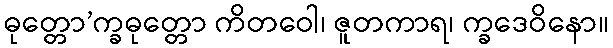
ဓုတ္တော’က္ခဓုတ္တော ကိတဝေါ၊ ဇူတကာရ၊ က္ခဒေဝိနော။